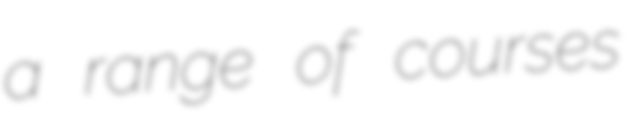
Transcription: a range of courses